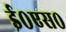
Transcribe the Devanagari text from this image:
ई०एस०